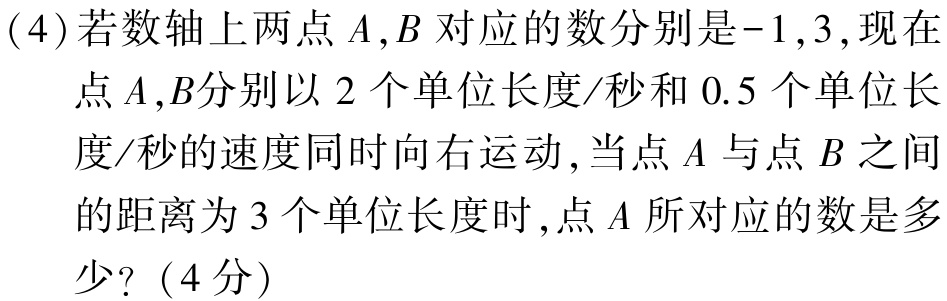
(4)若数轴上两点\(A,B\)对应的数分别是\(-1,3\)，现在

点\(A,B\)分别以\(2\)个单位长度/秒和\(0.5\)个单位长

度/秒的速度同时向右运动，当点\(A\)与点\(B\)之间

的距离为\(3\)个单位长度时，点\(A\)所对应的数是多

少？（4分）